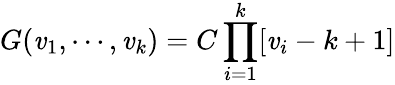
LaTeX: G(\mathit{v}_{1},\cdots,\mathit{v}_{k})=C\prod_{i=1}^{k}[\mathit{v}_{i}-k+1]